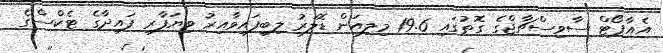
އެއާޕޯޓް ސާވިސްޗާޖްގެ ގޮތުގައި 19.6 މިލިއަން ޑޮލަރު ލިބިފައިވާއިރު ވިޔަފާރި ފައިދާގެ ޓެކްސްގެ